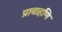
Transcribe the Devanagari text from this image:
प्रावाहणि